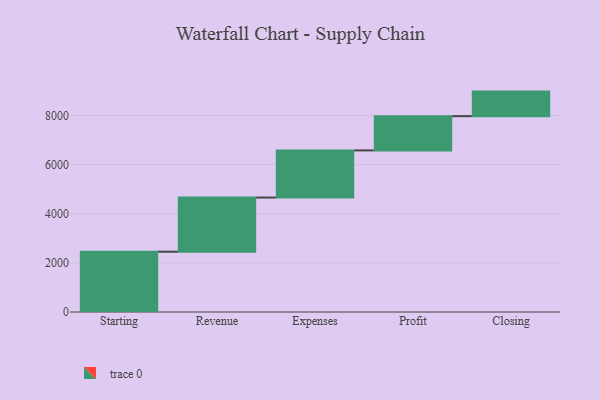
{"axis": {"x": "Step", "y": "Value"}, "legend": [""], "data": [{"x": "Starting", "y": 2454.0, "type": ""}, {"x": "Revenue", "y": 2204.0, "type": ""}, {"x": "Expenses", "y": 1918.0, "type": ""}, {"x": "Profit", "y": 1393.0, "type": ""}, {"x": "Closing", "y": 1000, "type": ""}]}